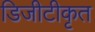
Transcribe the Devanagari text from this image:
डिजीटीकृत